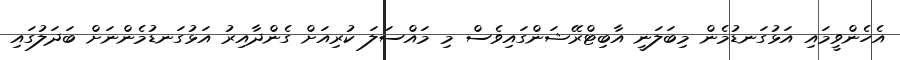
އެހެންވީމައި އަޅުގަނޑުމެން މިބަލަނީ އާބިޓްރޭޝަންގައިވެސް މި މައްސަލަ ކުރިއަށް ގެންދާއިރު އަޅުގަނޑުމެންނަށް ބަދަލުގައި